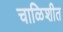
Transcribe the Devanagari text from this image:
चाळिशीत